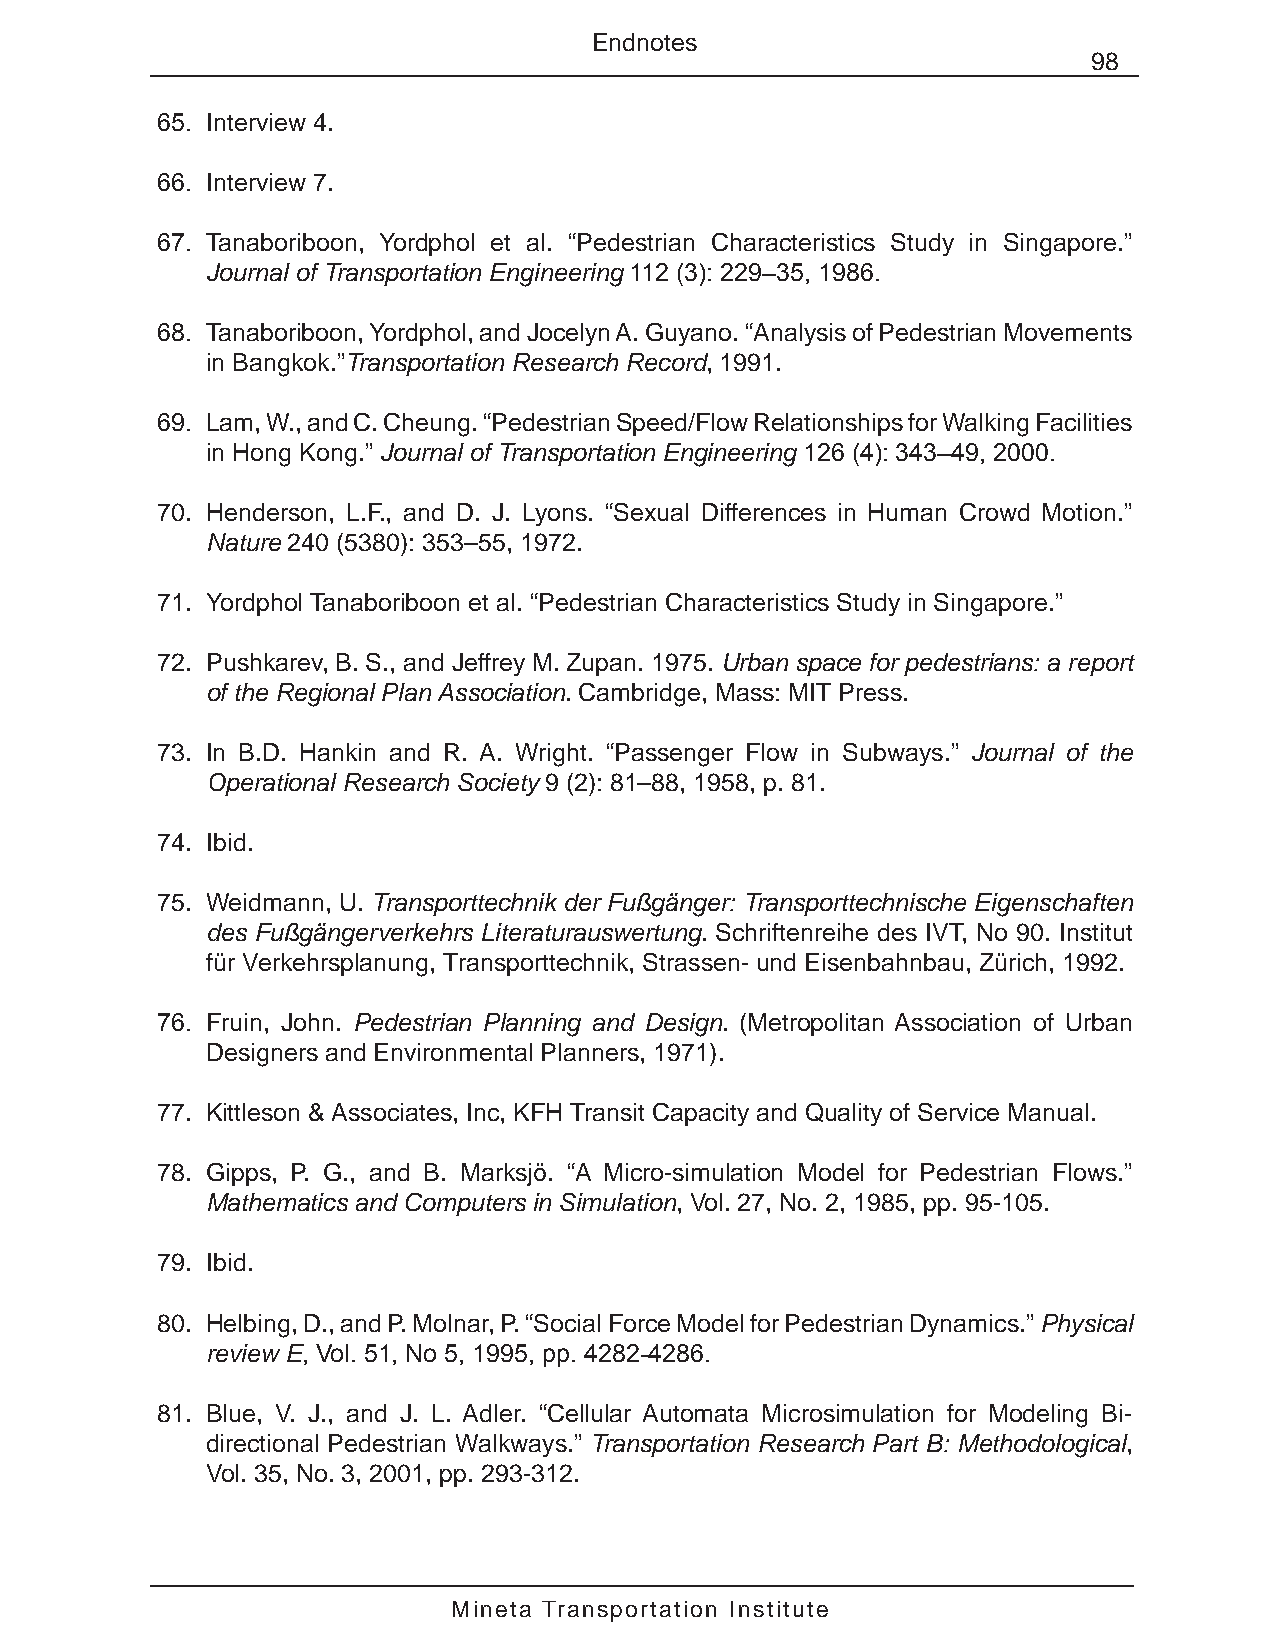
Endnotes
 98
 65. Interview 4.
 66. Interview 7.
 67. Tanaboriboon, Yordphol et al. “Pedestrian Characteristics Study in Singapore.”
 Journal of Transportation Engineering 112 (3): 229–35, 1986.
 68. Tanaboriboon, Yordphol, and Jocelyn A. Guyano. “Analysis of Pedestrian Movements
 in Bangkok.”Transportation Research Record, 1991.
 69. Lam, W., and C. Cheung. “Pedestrian Speed/Flow Relationships for Walking Facilities
 in Hong Kong.” Journal of Transportation Engineering 126 (4): 343–49, 2000.
 70. Henderson, L.F., and D. J. Lyons. “Sexual Differences in Human Crowd Motion.”
 Nature 240 (5380): 353–55, 1972.
 71. Yordphol Tanaboriboon et al. “Pedestrian Characteristics Study in Singapore.”
 72. Pushkarev, B. S., and Jeffrey M. Zupan. 1975. Urban space for pedestrians: a report
 of the Regional Plan Association. Cambridge, Mass: MIT Press.
 73. In B.D. Hankin and R. A. Wright. “Passenger Flow in Subways.” Journal of the
 Operational Research Society 9 (2): 81–88, 1958, p. 81.
 74. Ibid.
 75. Weidmann, U. Transporttechnik der Fußgänger: Transporttechnische Eigenschaften
 des Fußgängerverkehrs Literaturauswertung. Schriftenreihe des IVT, No 90. Institut
 für Verkehrsplanung, Transporttechnik, Strassen- und Eisenbahnbau, Zürich, 1992.
 76. Fruin, John. Pedestrian Planning and Design. (Metropolitan Association of Urban
 Designers and Environmental Planners, 1971).
 77. Kittleson & Associates, Inc, KFH Transit Capacity and Quality of Service Manual.
 78. Gipps, P. G., and B. Marksjö. “A Micro-simulation Model for Pedestrian Flows.”
 Mathematics and Computers in Simulation, Vol. 27, No. 2, 1985, pp. 95-105.
 79. Ibid.
 80. Helbing, D., and P. Molnar, P. “Social Force Model for Pedestrian Dynamics.” Physical
 review E, Vol. 51, No 5, 1995, pp. 4282-4286.
 81. Blue, V. J., and J. L. Adler. “Cellular Automata Microsimulation for Modeling Bi-
 directional Pedestrian Walkways.” Transportation Research Part B: Methodological,
 Vol. 35, No. 3, 2001, pp. 293-312.
 Mineta Transportation Institute